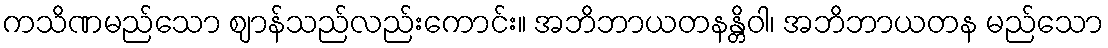
ကသိဏမည်သော ဈာန်သည်လည်းကောင်း။ အဘိဘာယတနန္တိဝါ၊ အဘိဘာယတန မည်သော